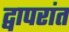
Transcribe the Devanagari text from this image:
द्वापरांत